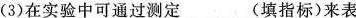
(3)在实验中可通过测定______(填指标)来表